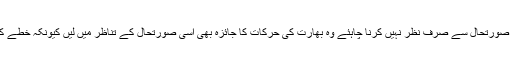
ہم ہہلے بھی بار بار لکھ چکے ہیں کہ پاکستان کے منصوبہ سازاداروں کو سکی طور بھی مشرق وسطی کی صورتحال سے صرف نظر نہیں کرنا چاہئے وہ بھارت کی حرکات کا جائزہ بھی اسی صورتحال کے تناظر میں لیں کیونکہ خطے کے حالات کی جو تصویر ظاہری طور پر دکھائی جارہی ہے حالات اس کے برعکس کہیں اور جارہے ہیں ۔